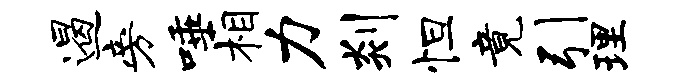
遏旁唾相力剡怛竟引理